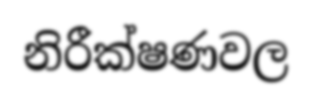
නිරීක්ෂණවල